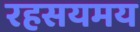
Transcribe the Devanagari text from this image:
रहसयमय